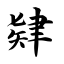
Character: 肄